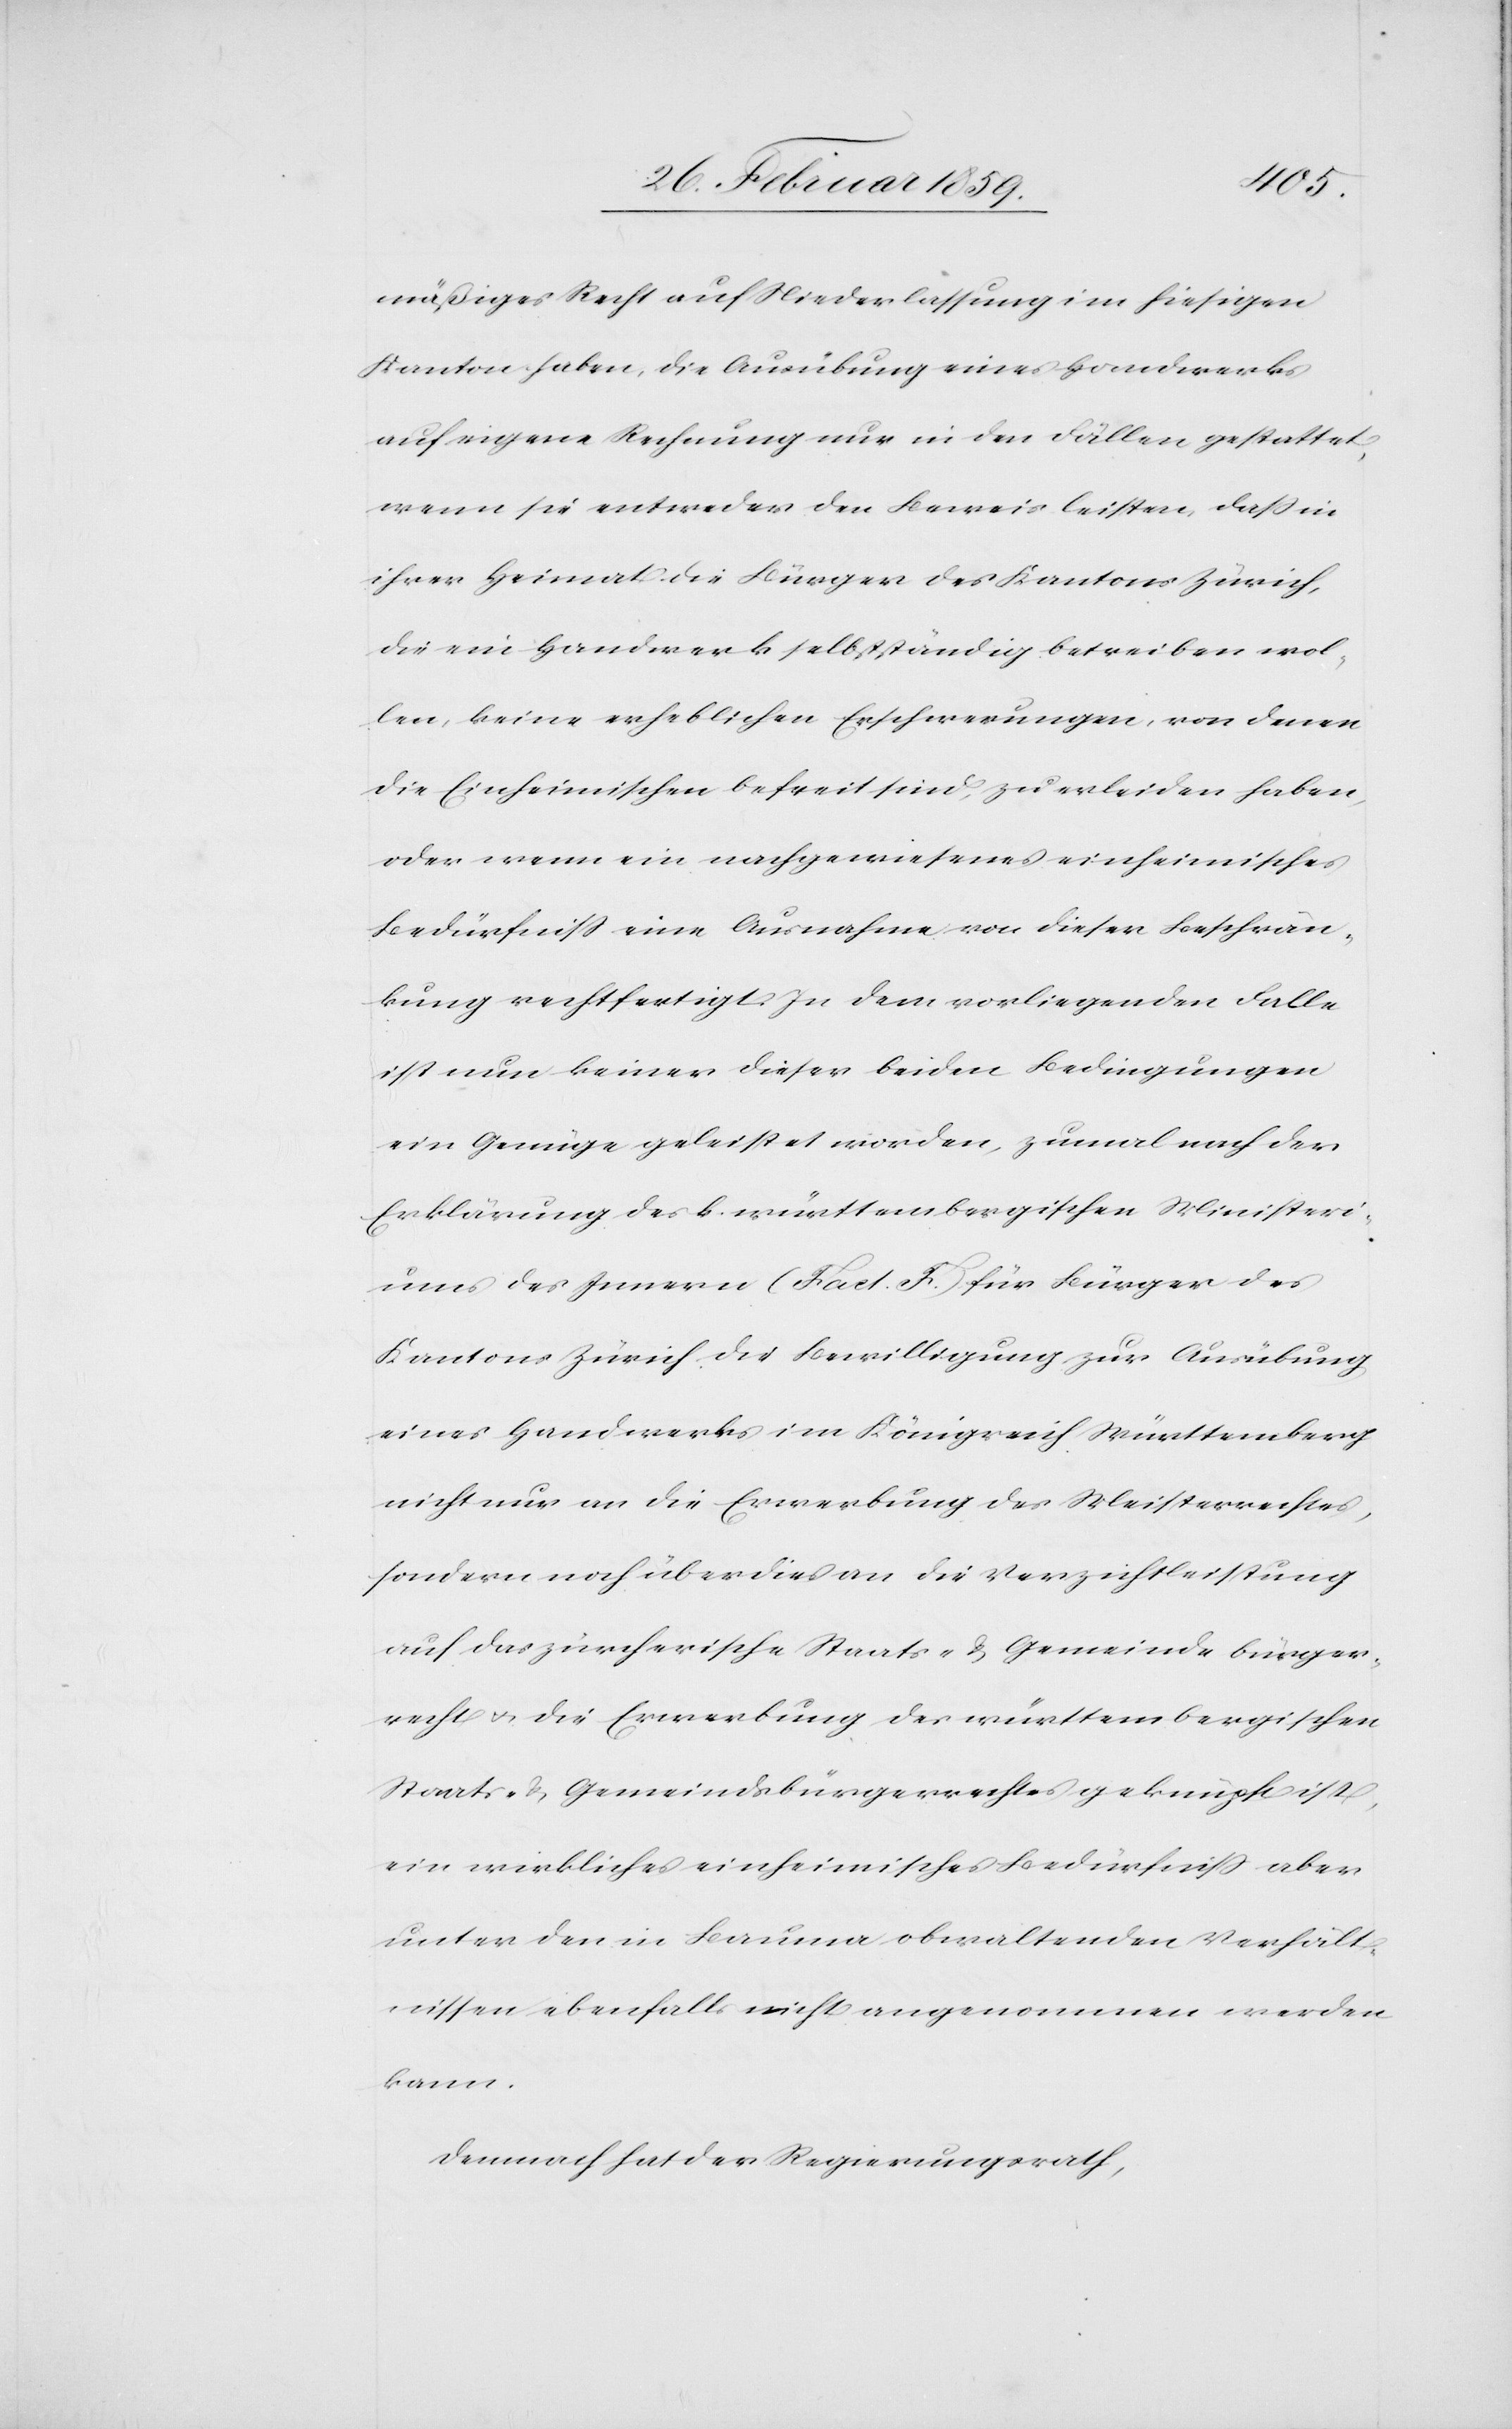
mäßiges Recht auf Niederlassung im hiesigen
Kanton haben, die Ausübung eines Handwerks
auf eigene Rechnung nur in den Fällen gestattet,
wenn sie entweder den Beweis leisten, daß in
ihrer Heimat die Bürger des Kantons Zürich,
die ein Handwerk selbstständig betreiben wol¬
len, keine erheblichen Erschwerungen, von denen
die Einheimischen befreit sind, zu erleiden haben,
oder wenn ein nachgewiesenes einheimisches
Bedürfniß eine Ausnahme von dieser Beschrän¬
kung rechtfertigt. In dem vorliegenden Falle
ist nun keiner dieser beiden Bedingungen
ein Genüge geleistet worden, zumal nach der
Erklärung des k. württembergischen Ministeri¬
ums des Innern (Fact. F.) für Bürger des
Kantons Zürich die Bewilligung zur Ausübung
eines Handwerks im Königreich Württemberg
nicht nur an die Erwerbung des Meisterrechtes,
sondern noch überdies an die Verzichtleistung
auf das zürcherische Staats- & Gemeindebürger¬
recht u. die Erwerbung des württembergischen
Staats- & Gemeindebürgerrechtes geknüpft ist,
ein wirkliches einheimisches Bedürfniß aber
unter den in Bauma obwaltenden Verhält¬
nissen ebenfalls nicht angenommen werden
kann.
Demnach hat der Regierungsrath,